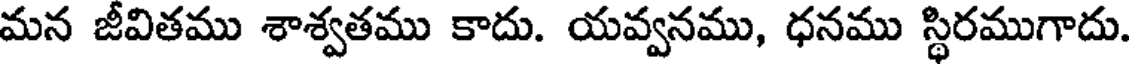
మన జీవితము శాశ్వతము కాదు. యవ్వనము, ధనము స్థిరముగాదు.